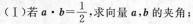
(I)若 $$a \cdot b = \frac { 1 } { 2 }$$ ，求向量 a，b 的夹角；